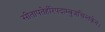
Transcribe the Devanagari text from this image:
सीतापतेर्हरिपदाम्बुजचिन्तकेन।